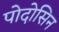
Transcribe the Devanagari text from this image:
पोदोसिन